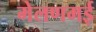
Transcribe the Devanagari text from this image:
मेलणमई